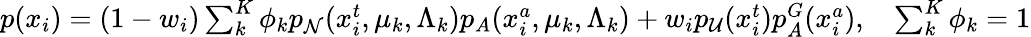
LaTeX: \begin{array}{r}{p(x_{i})=(1-w_{i})\sum_{k}^{K}\phi_{k}p_{\mathcal N}(x_{i}^{t},\mu_{k},\Lambda_{k})p_{A}(x_{i}^{a},\mu_{k},\Lambda_{k})+w_{i}p_{\mathcal{U}}(x_{i}^{t})p_{A}^{G}(x_{i}^{a}),~~~\sum_{k}^{K}\phi_{k}=1}\end{array}